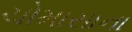
ચોમાસાના